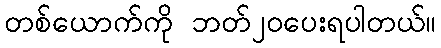
တစ်ယောက်ကို ဘတ်၂၀ပေးရပါတယ်။